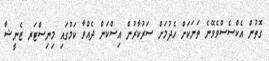
ގޮތުން އެކްސެސްވެވޭނެ ތަނަކަށް ހެދުމަށް ސަރުކާރުން އިސްކަން ދެއްވާ ކަމުގައި މިނިސްޓަރ ޒެނީޝާ